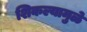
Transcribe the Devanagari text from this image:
शिकल्यामुळे